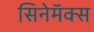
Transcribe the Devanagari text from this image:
सिनेमॅक्स